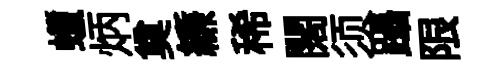
蠟炳奠縑稀闊须躡限